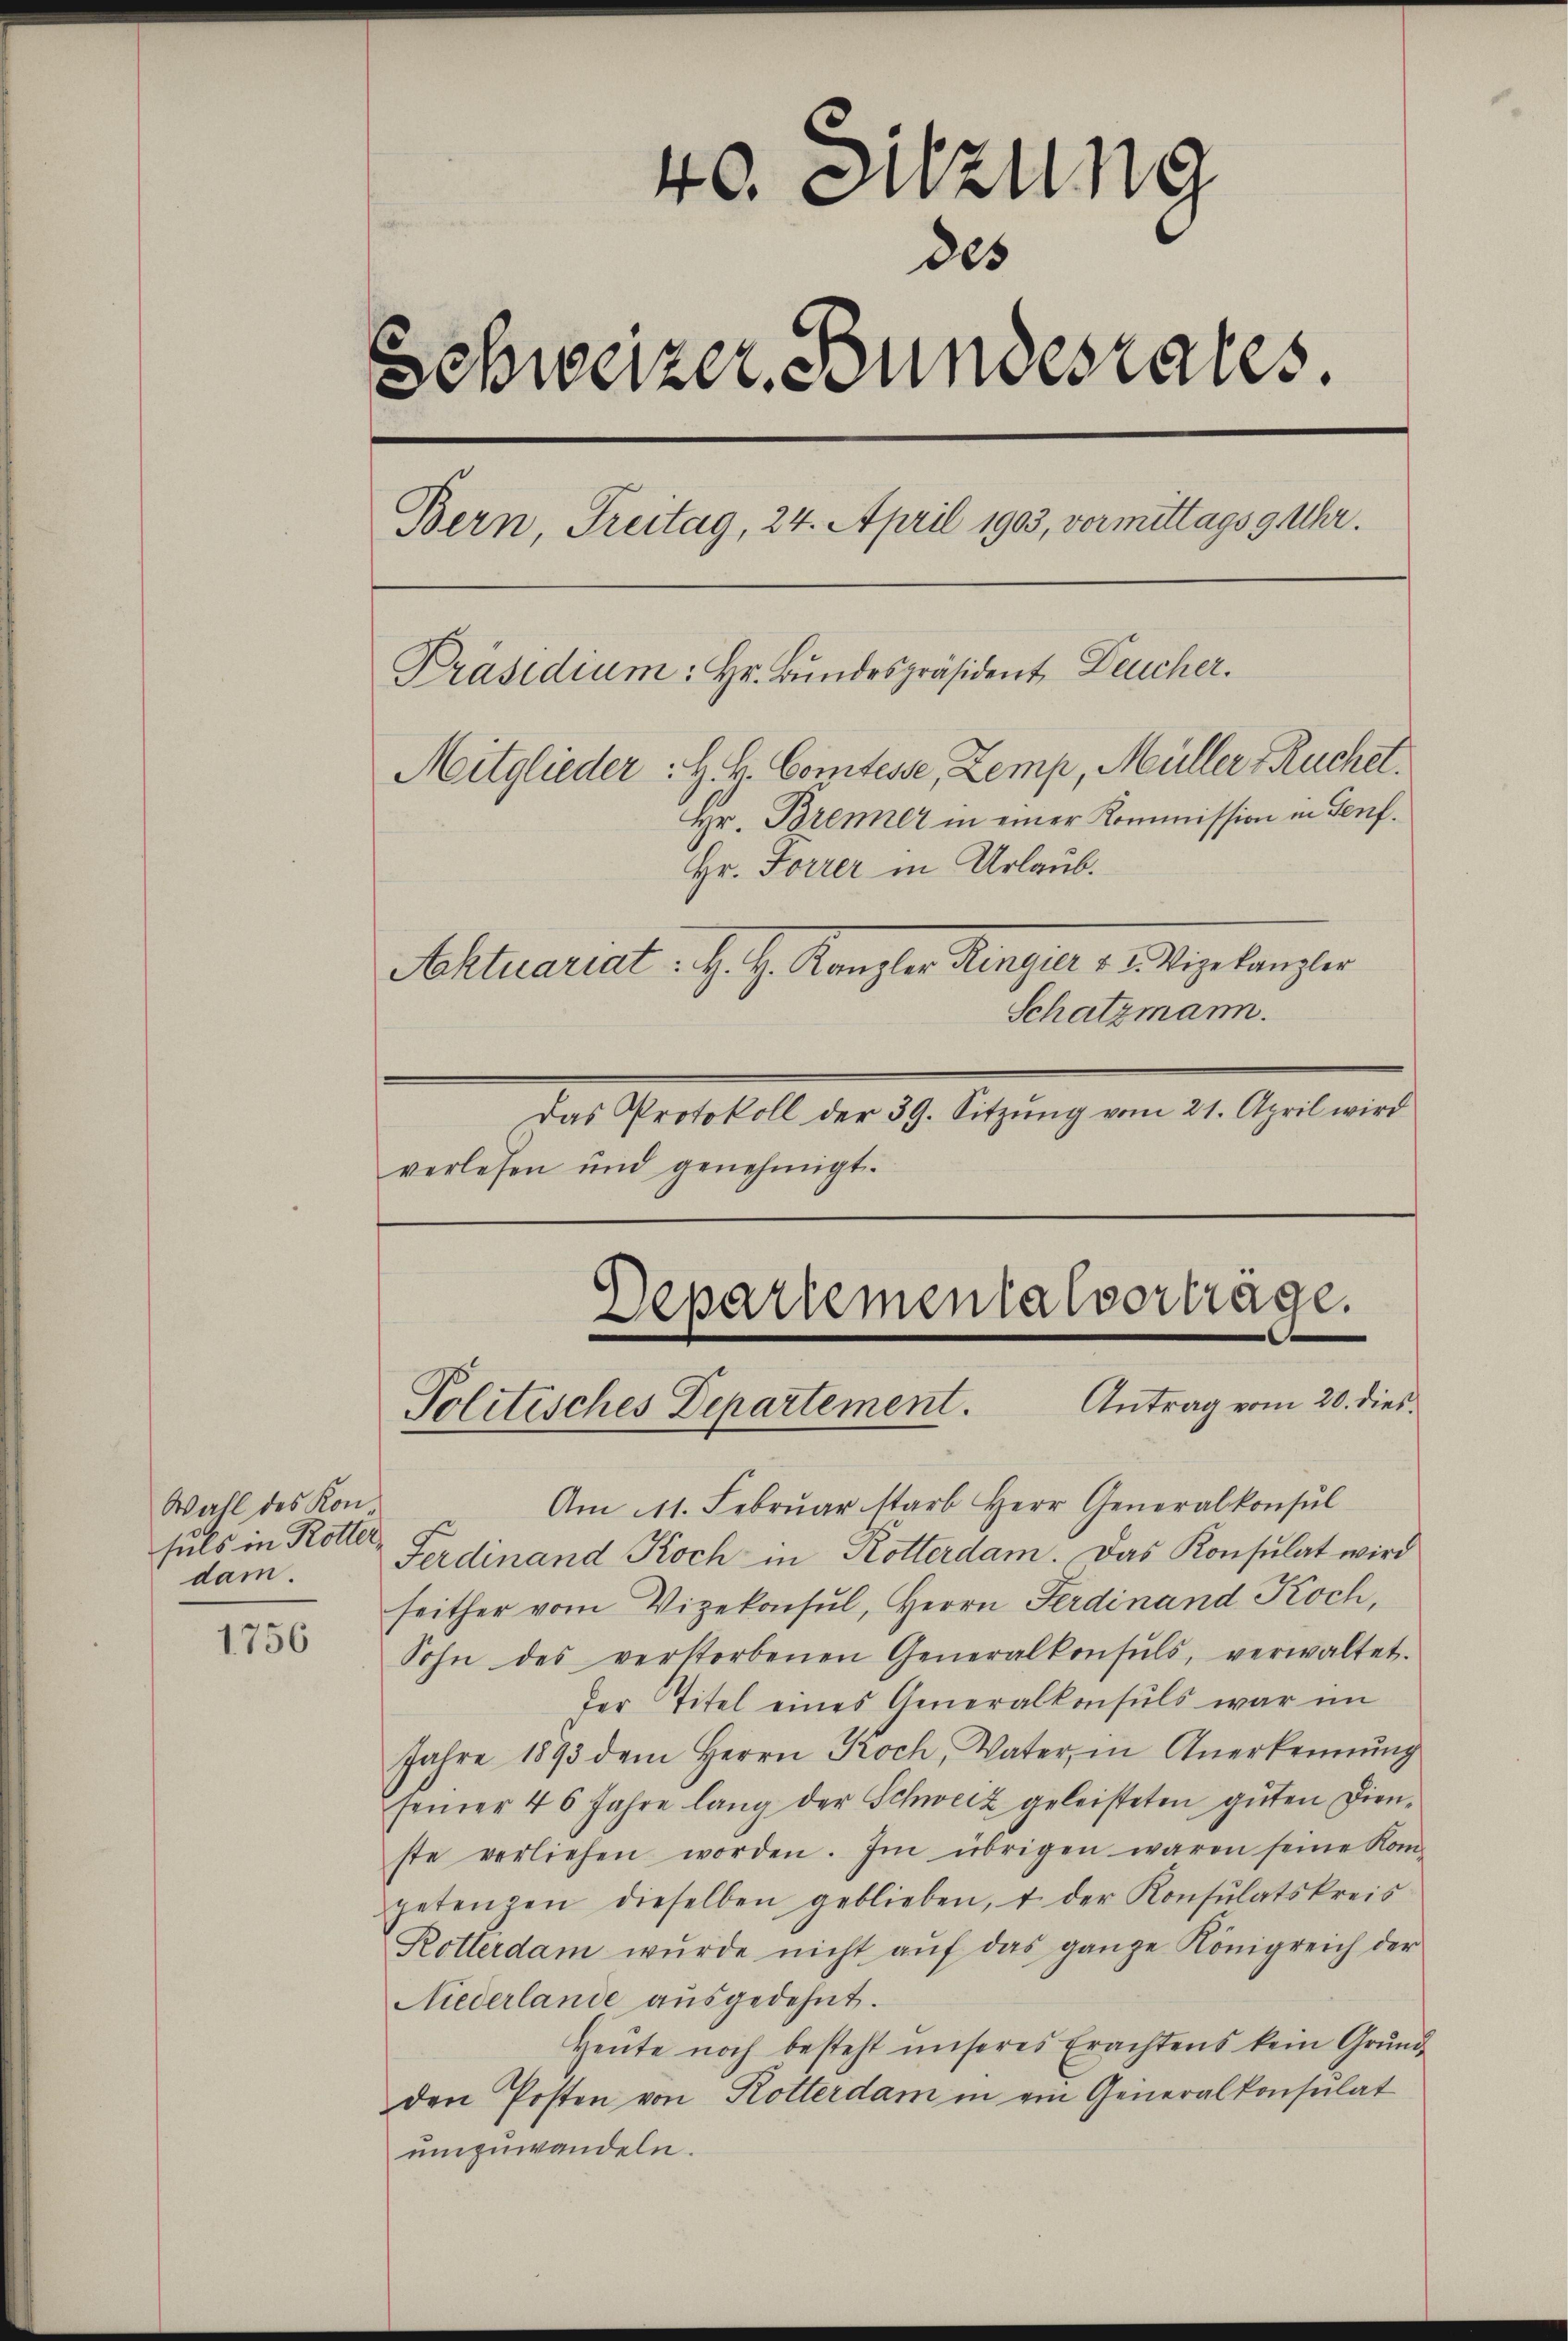
Wahl des Konsuls in Rotter,
dam.

1756

40. Sitzung
des
Schweizer, Stundesrates.
Bern, Freitag, 24. April 1903, vermittags 9 Uhr.
Präsidium: Hr. Bundespräsident Deucher.
Mitglieder: H. V. Comtesse, Zemp, Müller - Ruchet.
Hr. Brenner in einer Kommission in Genf.
Hr. Forrer in Urlaub.
Aktuariat. H. H. Kanzler Renger, 1. Angekanzler

Schatzmann.
Das Protokoll der 39. Sitzŭng vom 21. April wird
verlesen und genehmigt.

Am 11. Febrŭar starb Herr Generalkonsŭl
Ferdinand Koch in Rotterdam. Das Konsulat wird
seither vom Vizekonsul, Herrn Ferdinand Koch,
Sohn des verstorbenen Generalkonsuls, verwaltet.
der Titel eines Generalkonsuls war im
Jahre 1893 dem Herrn Koch, Vater, in Anerkennung
seiner 4 6 Jahre lang der Schweiz geleisteten gŭten Dien-
ste verliehen worden. Im übrigen waren seine Kom-
petenzen dieselben geblieben, u. der Konsulatskreis
Rotterdam würde nicht aŭf das ganze Königreich der
Niederlande aŭsgedehnt.
Heŭte noch besteht ŭnseres Erachtens kein Grŭnd-
den Posten von Rotterdam in ein Generalkonsulat
einzuwandeln.

Departemenialvortrage.
Antrag vom 20. dies
Politisches Departement.